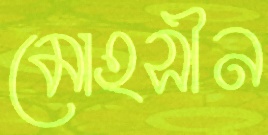
মোহসীন